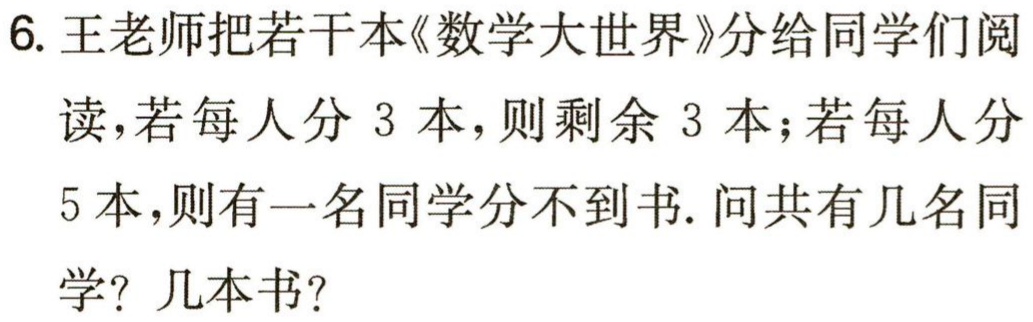
6. 王老师把若干本《数学大世界》分给同学们阅读，若每人分 3 本，则剩余 3 本；若每人分 5 本，则有一名同学分不到书. 问共有几名同学？几本书？